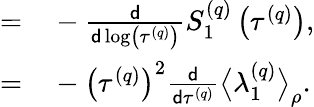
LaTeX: \begin{array}{rl}{=}&{{}-\frac{\mathsf{d}}{\mathsf{d}\log\left(\tau^{\left(q\right)}\right)}S_{1}^{\left(q\right)}\left(\tau^{\left(q\right)}\right),}\\ {=}&{{}-\left(\tau^{\left(q\right)}\right)^{2}\frac{\mathsf{d}}{\mathsf{d}\tau^{\left(q\right)}}\big\langle\lambda_{1}^{\left(q\right)}\big\rangle_{\rho}.}\end{array}